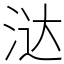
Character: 㳠